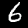
Digit: 6